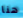
هنا